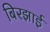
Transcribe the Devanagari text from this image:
बिरझाई